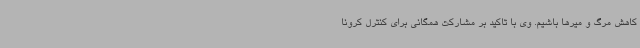
کاهش مرگ و میرها باشیم. وی با تاکید بر مشارکت همگانی برای کنترل کرونا